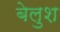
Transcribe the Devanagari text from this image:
बेलुश